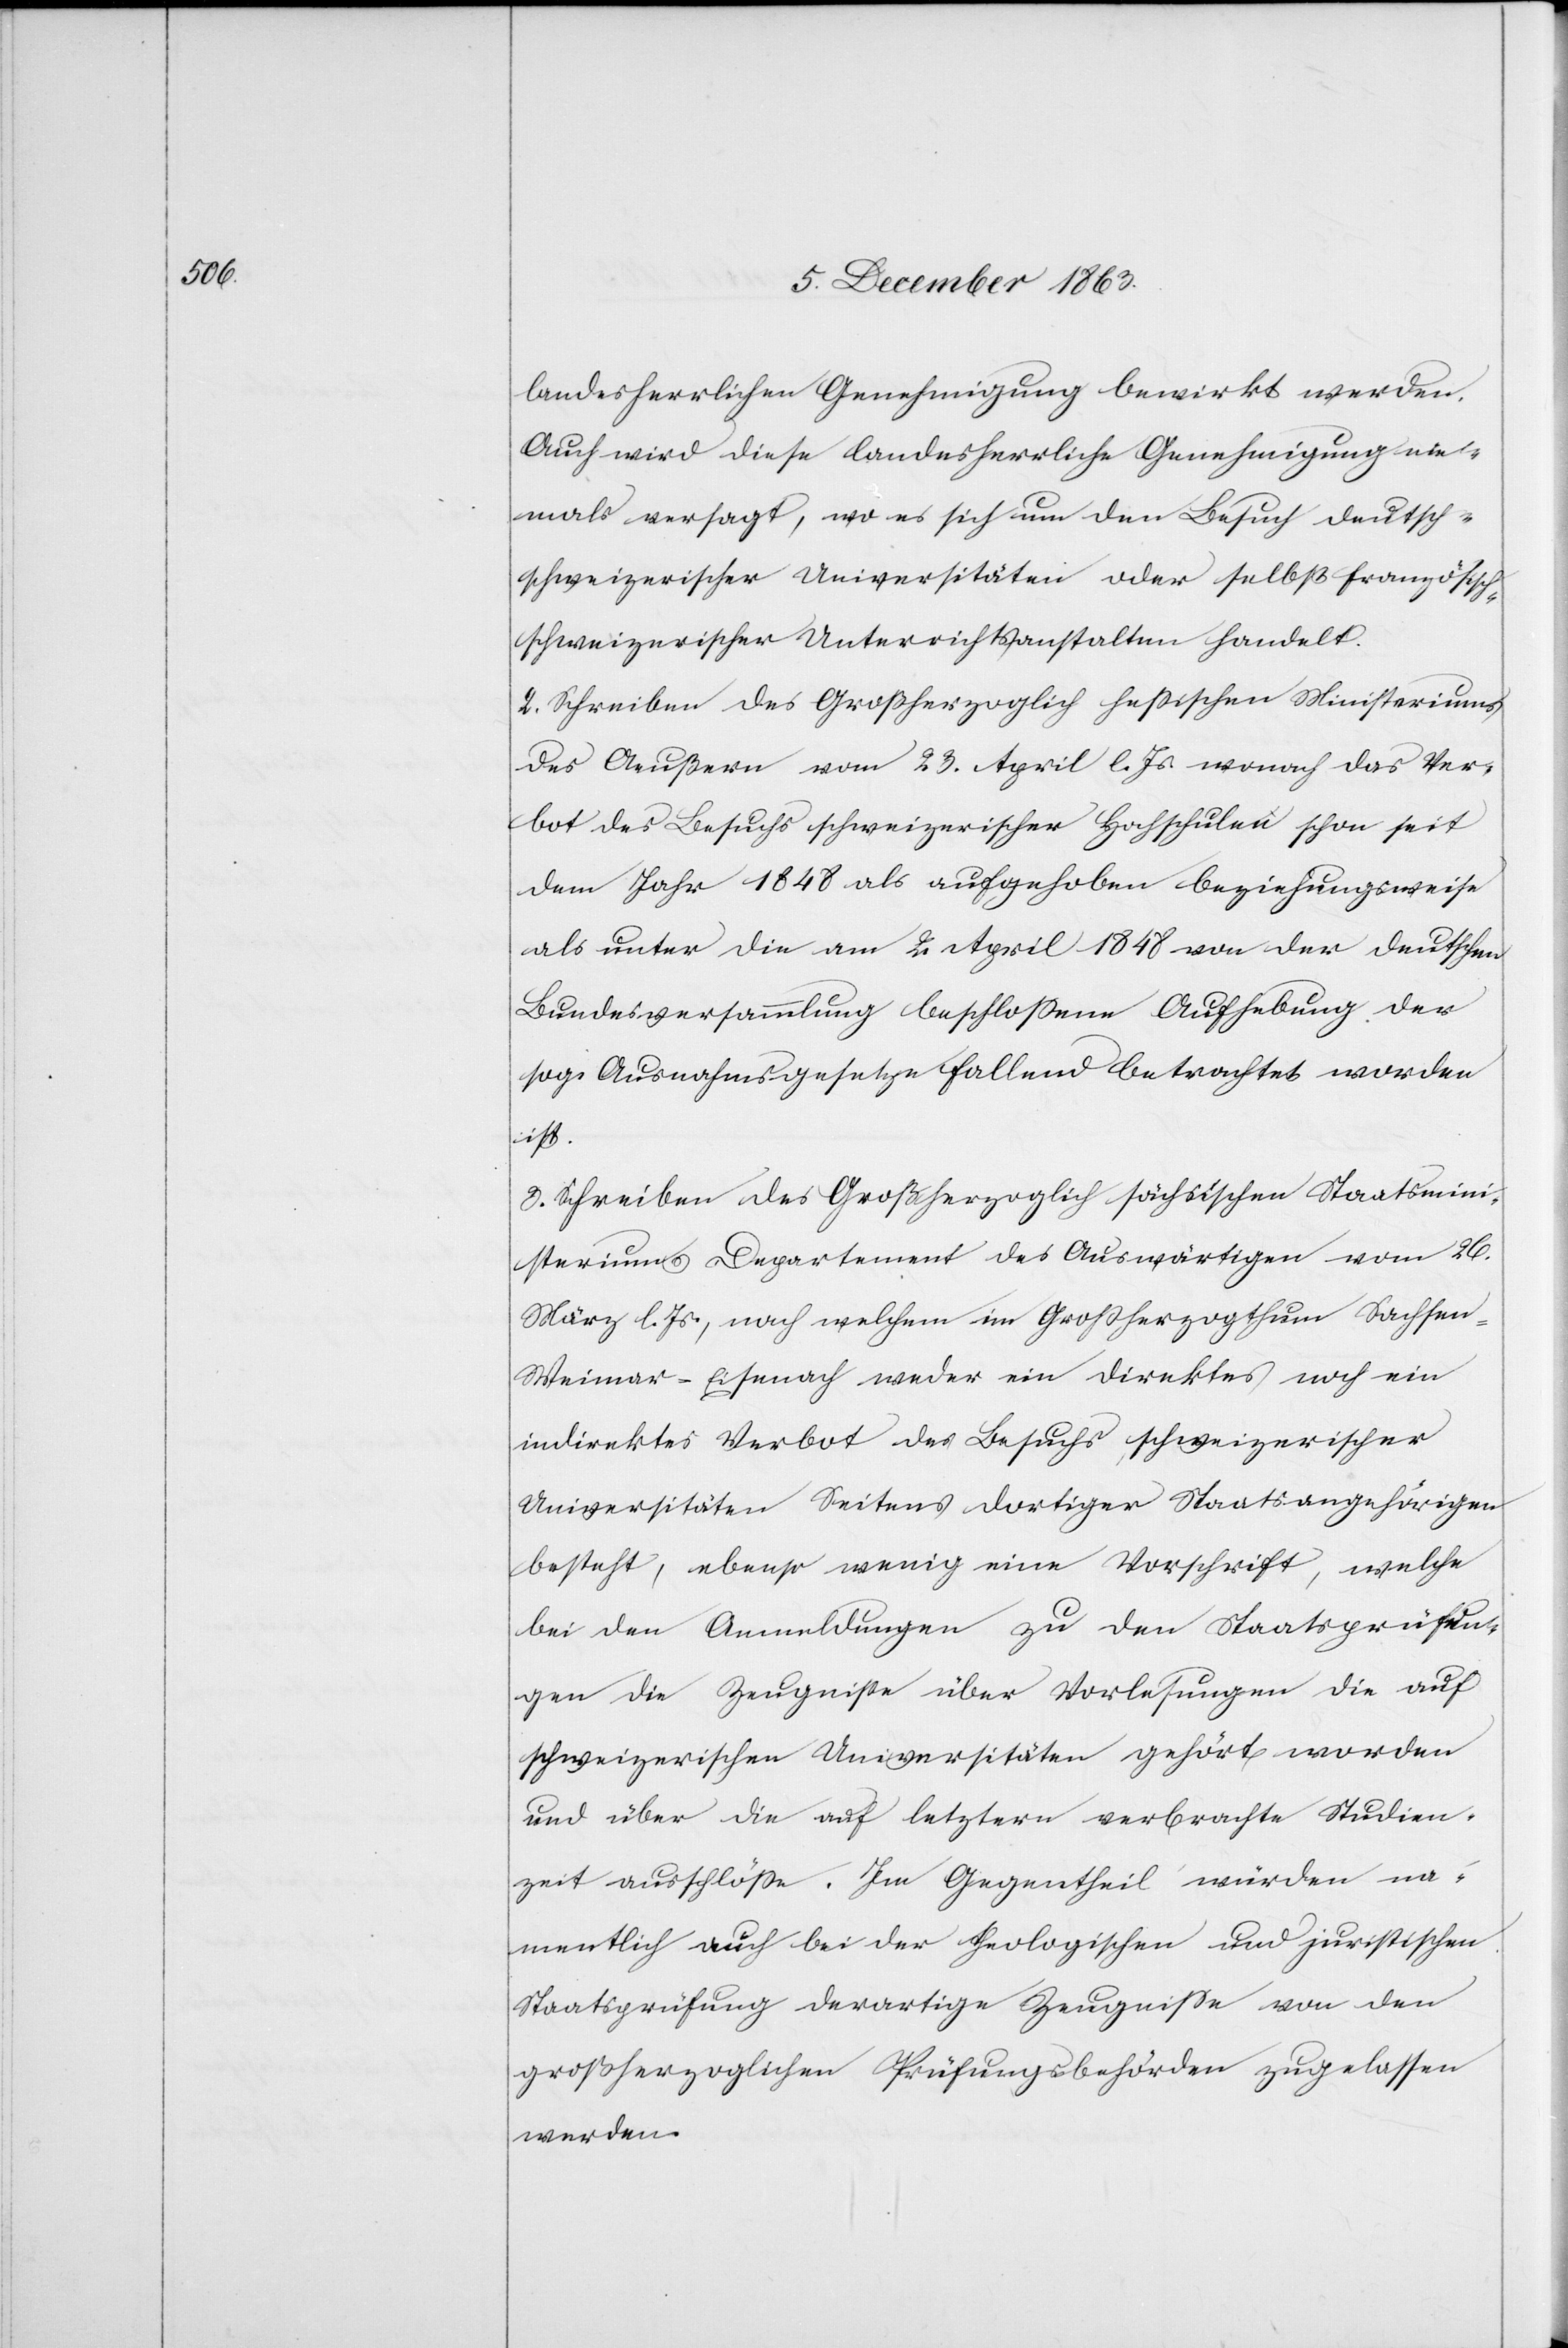
landesherrlichen Genehmigung bewirkt werden.
Auch wird diese landesherrliche Genehmigung nie¬
mals versagt, wo es sich um den Besuch deutsch-s¬
chweizerischer Universitäten oder selbst französisc¬
h-schweizerischer Unterrichtsanstalten handelt.
2. Schreiben des Großherzoglich hessischen Ministeriums
des Aeußern vom 23. April l. Js. wonach das Ver¬
bot des Besuchs schweizerischer Hochschulen schon seit
dem Jahr 1848 als aufgehoben beziehungsweise
als unter die am 2. April 1848 von der deutschen
Bundesversammlung beschlossene Aufhebung der
sog. Ausnahmsgesetze fallend betrachtet worden
ist.
3. Schreiben des Großherzoglich sächsischen Staatsmini¬
steriums Departement des Auswärtigen vom 26.
März l. Js., nach welchem im Grossherzogthum Sachse¬
n-Weimar-Eisenach weder ein direktes noch ein
indirektes Verbot des Besuchs, schweizerischer
Universitäten Seitens dortiger Staatsangehörigen
besteht, ebenso wenig eine Vorschrift, welche
bei den Anmeldungen zu den Staatsprüfun¬
gen die Zeugnisse über Vorlesungen die auf
schweizerischen Universitäten gehört worden
und über die auf letztere verbrachte Studien¬
zeit ausschlösse. Im Gegentheil würden na¬
mentlich auch bei der theologischen und juristischen
Staatsprüfung derartige Zeugnisse von den
großherzoglichen Prüfungsbehörden zugelassen
werden.